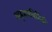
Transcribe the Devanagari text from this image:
वाड्मयनिर्मिती